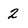
Character: 2